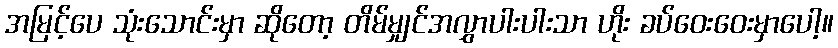
အမြင့်ပေ သုံးသောင်းမှာ ဆိုတော့ တိမ်မျှင်အလွှာပါးပါးသာ ဟိုး ခပ်ဝေးဝေးမှာပေါ့။